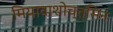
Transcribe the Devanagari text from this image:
मियावाशोच्त्सिन